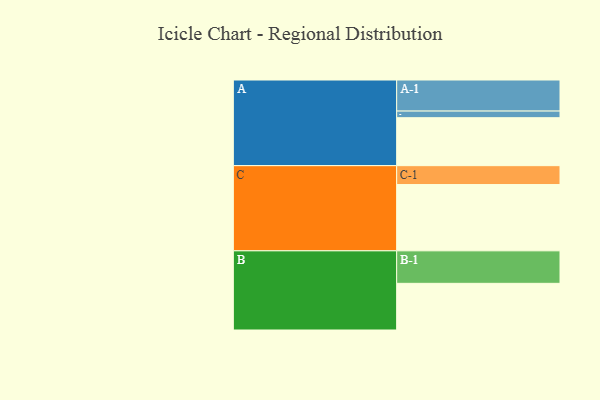
{"axis": {"x": "Segment", "y": "Value"}, "legend": ["", "A", "B", "C"], "data": [{"x": "A", "y": 406, "type": ""}, {"x": "B", "y": 395, "type": ""}, {"x": "C", "y": 561, "type": ""}, {"x": "A-1", "y": 263, "type": "A"}, {"x": "A-2", "y": 56, "type": "A"}, {"x": "B-1", "y": 275, "type": "B"}, {"x": "C-1", "y": 160, "type": "C"}]}